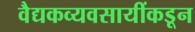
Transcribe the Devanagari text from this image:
वैद्यकव्यवसायींकडून